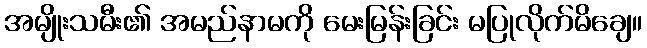
အမျိုးသမီး၏ အမည်နာမကို မေးမြန်းခြင်း မပြုလိုက်မိချေ။